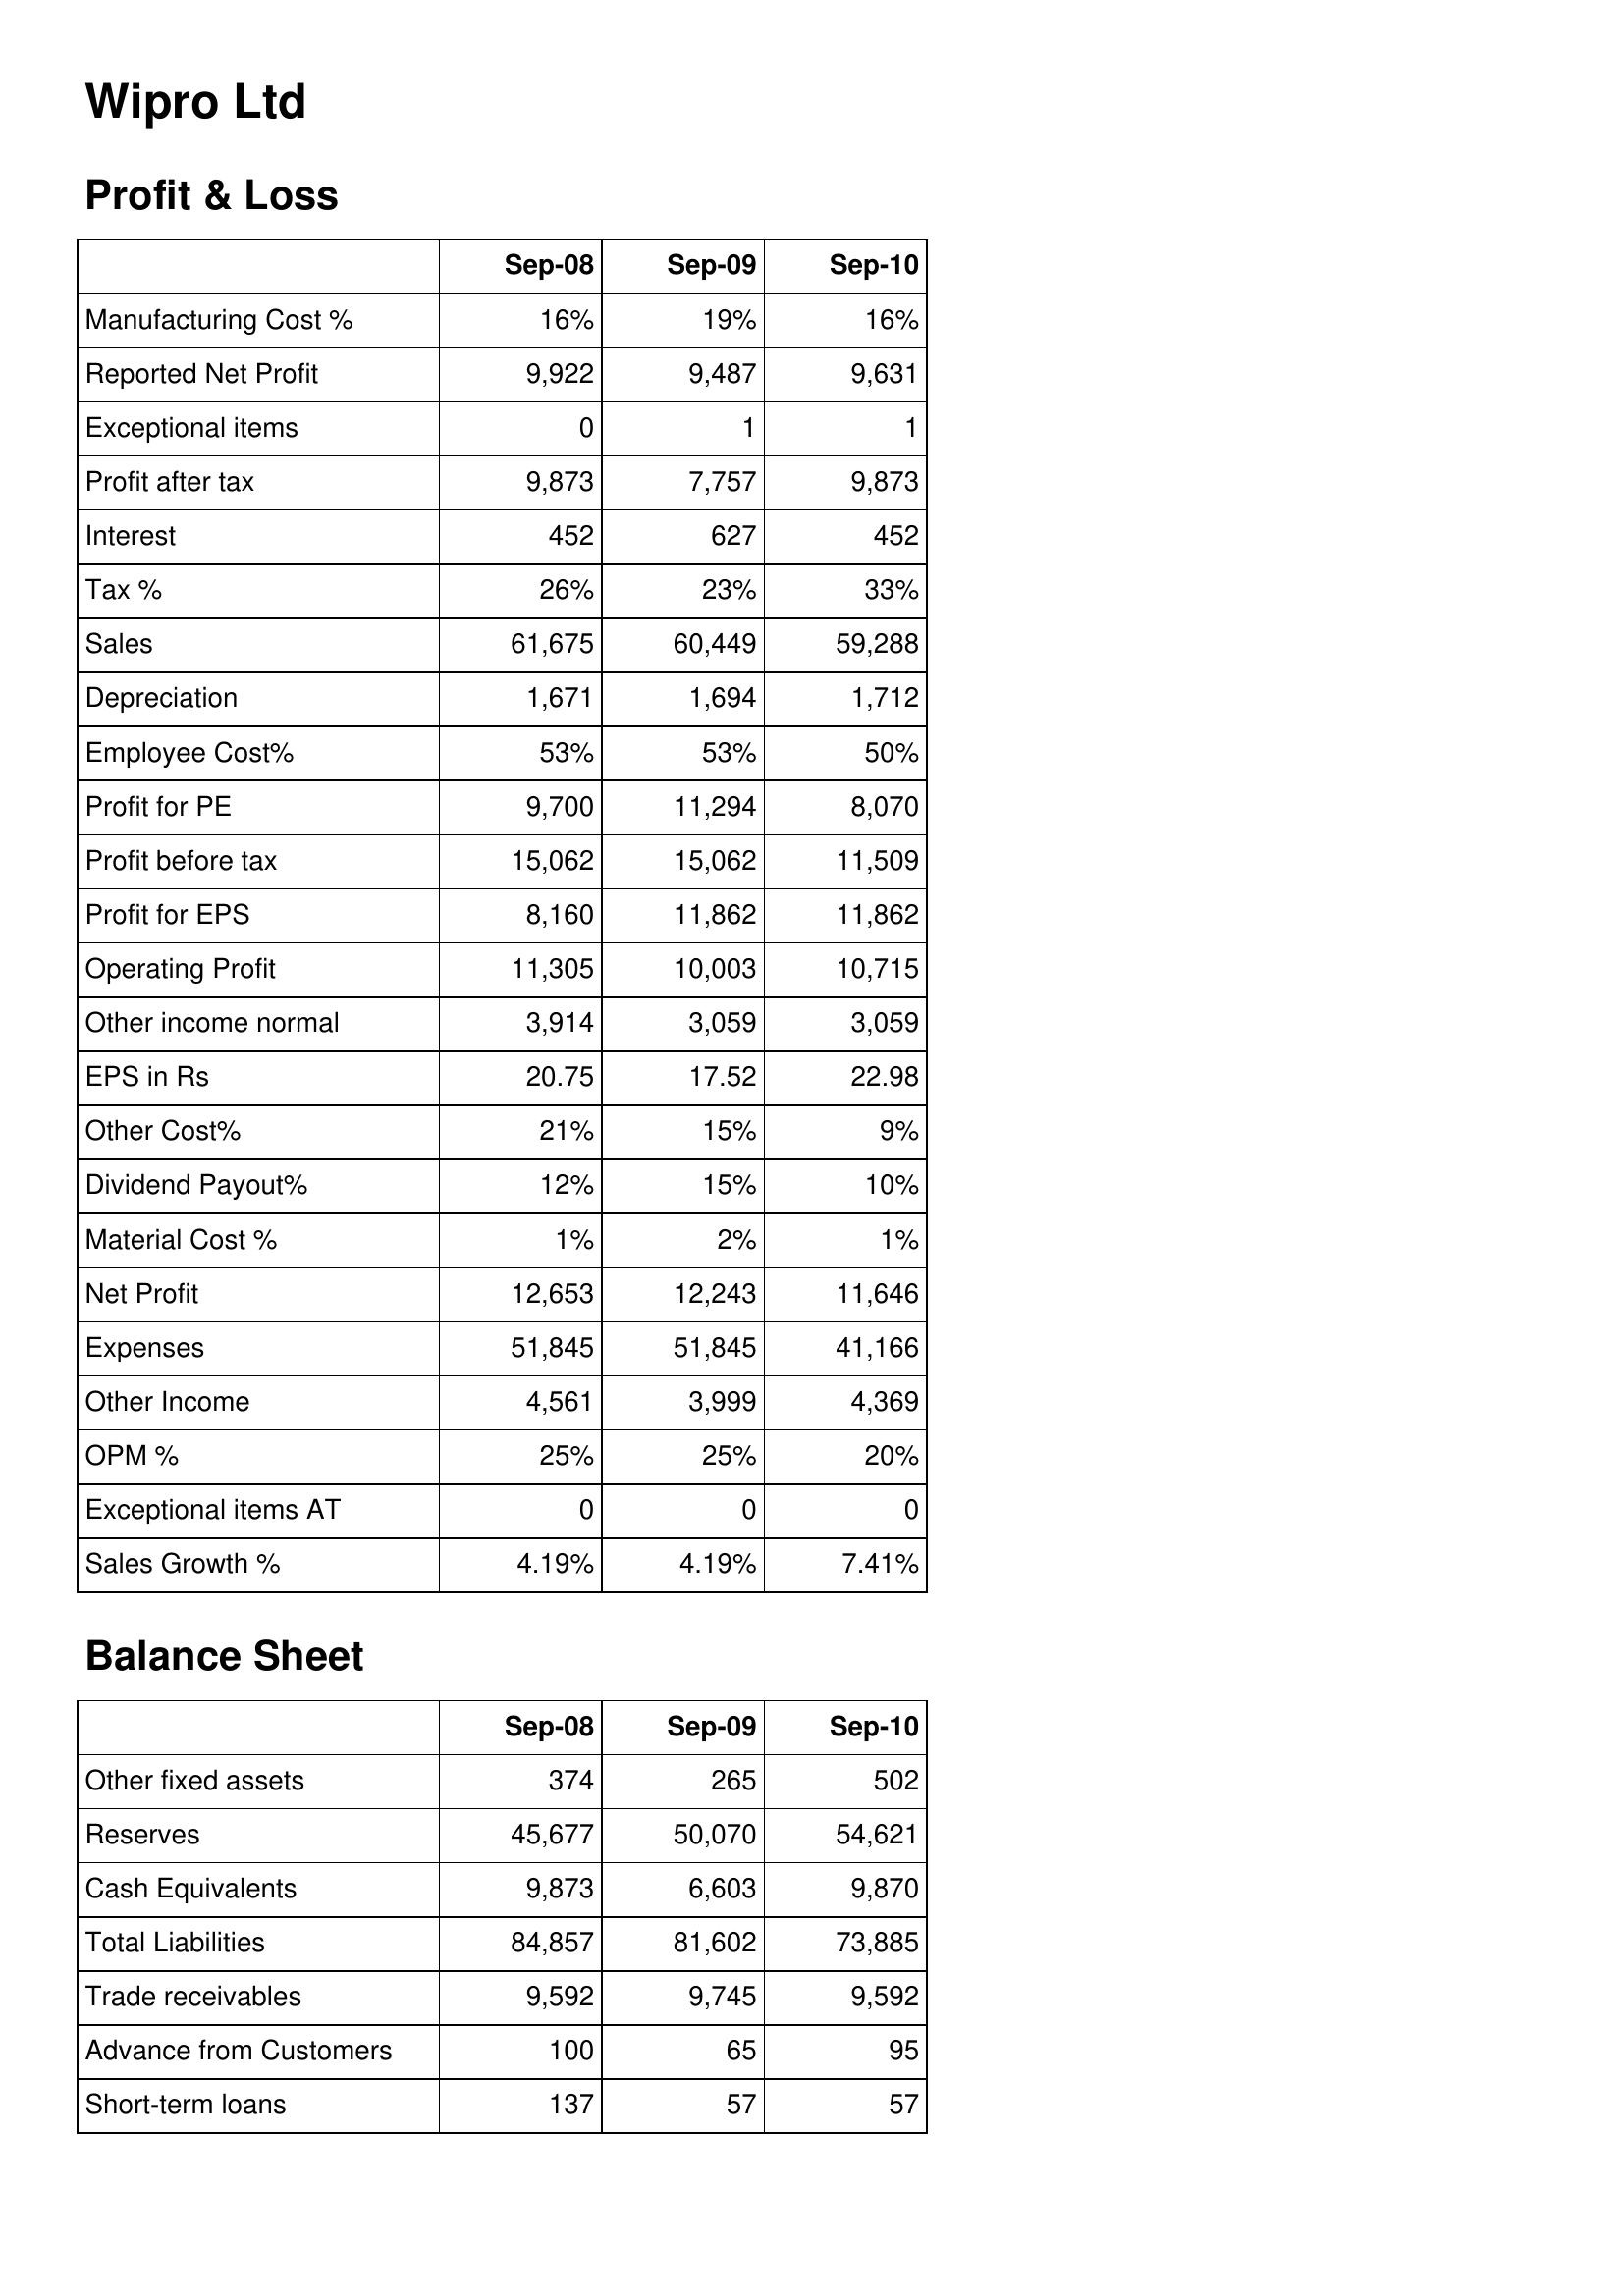
Sep-08: Profit & Loss: Manufacturing Cost %: 16%
Reported Net Profit: 9,922
Exceptional items: 0
Profit after tax: 9,873
Interest: 452
Tax %: 26%
Sales: 61,675
Depreciation: 1,671
Employee Cost%: 53%
Profit for PE: 9,700
Profit before tax: 15,062
Profit for EPS: 8,160
Operating Profit: 11,305
Other income normal: 3,914
EPS in Rs: 20.75
Other Cost%: 21%
Dividend Payout%: 12%
Material Cost %: 1%
Net Profit: 12,653
Expenses: 51,845
Other Income: 4,561
OPM %: 25%
Exceptional items AT: 0
Sales Growth %: 4.19%
Balance Sheet: Other fixed assets: 374
Reserves: 45,677
Cash Equivalents: 9,873
Total Liabilities: 84,857
Trade receivables: 9,592
Advance from Customers: 100
Short-term loans: 137
Sep-09: Profit & Loss: Manufacturing Cost %: 19%
Reported Net Profit: 9,487
Exceptional items: 1
Profit after tax: 7,757
Interest: 627
Tax %: 23%
Sales: 60,449
Depreciation: 1,694
Employee Cost%: 53%
Profit for PE: 11,294
Profit before tax: 15,062
Profit for EPS: 11,862
Operating Profit: 10,003
Other income normal: 3,059
EPS in Rs: 17.52
Other Cost%: 15%
Dividend Payout%: 15%
Material Cost %: 2%
Net Profit: 12,243
Expenses: 51,845
Other Income: 3,999
OPM %: 25%
Exceptional items AT: 0
Sales Growth %: 4.19%
Balance Sheet: Other fixed assets: 265
Reserves: 50,070
Cash Equivalents: 6,603
Total Liabilities: 81,602
Trade receivables: 9,745
Advance from Customers: 65
Short-term loans: 57
Sep-10: Profit & Loss: Manufacturing Cost %: 16%
Reported Net Profit: 9,631
Exceptional items: 1
Profit after tax: 9,873
Interest: 452
Tax %: 33%
Sales: 59,288
Depreciation: 1,712
Employee Cost%: 50%
Profit for PE: 8,070
Profit before tax: 11,509
Profit for EPS: 11,862
Operating Profit: 10,715
Other income normal: 3,059
EPS in Rs: 22.98
Other Cost%: 9%
Dividend Payout%: 10%
Material Cost %: 1%
Net Profit: 11,646
Expenses: 41,166
Other Income: 4,369
OPM %: 20%
Exceptional items AT: 0
Sales Growth %: 7.41%
Balance Sheet: Other fixed assets: 502
Reserves: 54,621
Cash Equivalents: 9,870
Total Liabilities: 73,885
Trade receivables: 9,592
Advance from Customers: 95
Short-term loans: 57